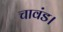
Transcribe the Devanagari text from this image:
चावंड।